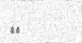
٥٨